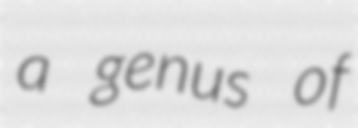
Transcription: a genus of